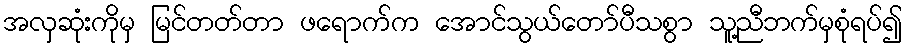
အလှဆုံးကိုမှ မြင်တတ်တာ ဖရောက်က အောင်သွယ်တော်ပီသစွာ သူ့ညီဘက်မှစုံရပ်၍